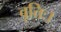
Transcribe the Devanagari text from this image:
वृत्तिः।